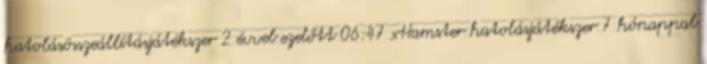
hatolásösszeállításjátékszer 2 évvel ezelőtt 06:47 xHamster hatolásjátékszer 7 hónappal